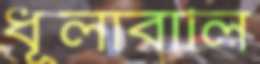
ধূলাবালি